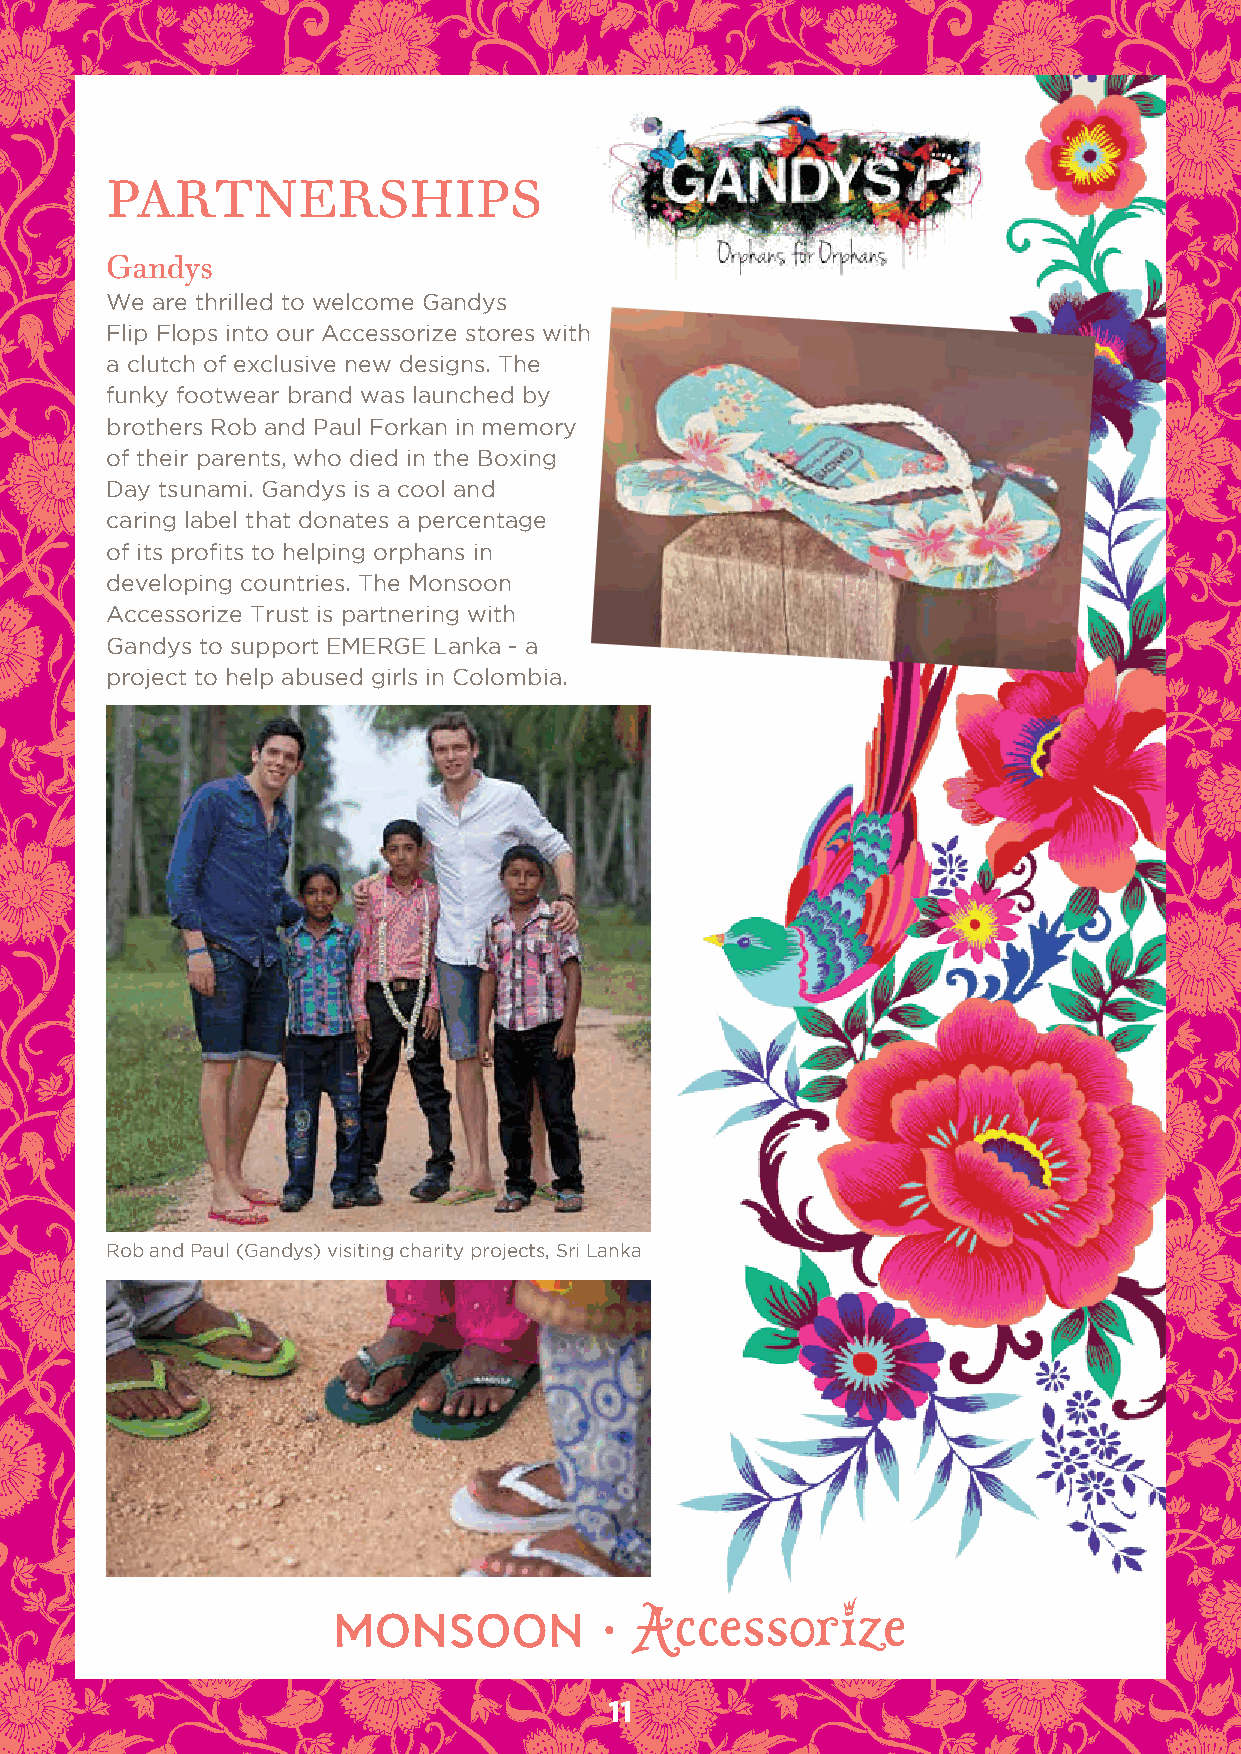
PARTnERSHiPS
 Gandys
 We are thrilled to welcome gandys
 flip flops into our Accessorize stores with
 a clutch of exclusive new designs. The
 funky footwear brand was launched by
 brothers rob and Paul forkan in memory
 of their parents, who died in the Boxing
 day tsunami. gandys is a cool and
 caring label that donates a percentage
 of its profits to helping orphans in
 developing countries. The Monsoon
 Accessorize Trust is partnering with
 gandys to support EMErgE Lanka - a
 project to help abused girls in Colombia.
 rob and Paul (gandys) visiting charity projects, Sri Lanka
 11